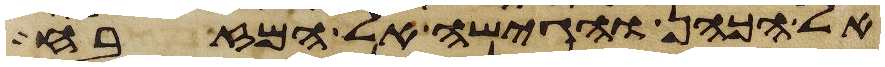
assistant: אל הכהן והגישה אל המזבח